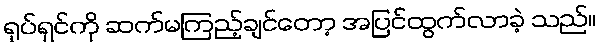
ရုပ်ရှင်ကို ဆက်မကြည့်ချင်တော့ အပြင်ထွက်လာခဲ့ သည်။